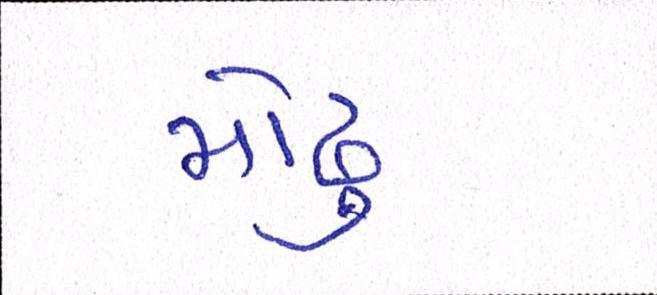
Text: મોઢુ